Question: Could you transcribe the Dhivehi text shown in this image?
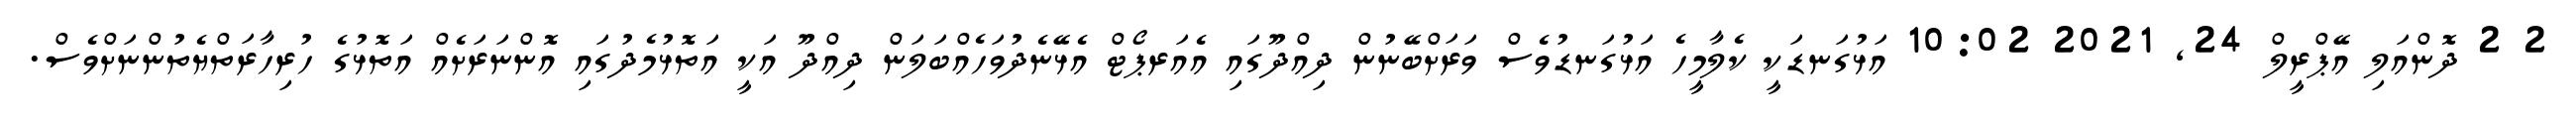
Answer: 2 2 ދޮންއަލި އޭޕްރީލް 24, 2021 10:02 އަޅުގަނޑަކީ ކެލާމީހެ އަޅުގަނޑުވެސް ވަރަށްބޭނުން ދިއްދޫގައި އެއަރޕޯޓް އެޅޭނެދުވަހެއްބަލަން ދިއްދޫ އަކީ އަތޮޅުމެދުގައި އޮންނަރަށެއް އަތޮޅުގެ ހުރިހާރަތްޔެތުންނަށްވެސް.